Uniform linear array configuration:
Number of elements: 64
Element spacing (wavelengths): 1
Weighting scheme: uniform
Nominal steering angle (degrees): -30
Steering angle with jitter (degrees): -28.029
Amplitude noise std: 0.05
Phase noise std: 0.05

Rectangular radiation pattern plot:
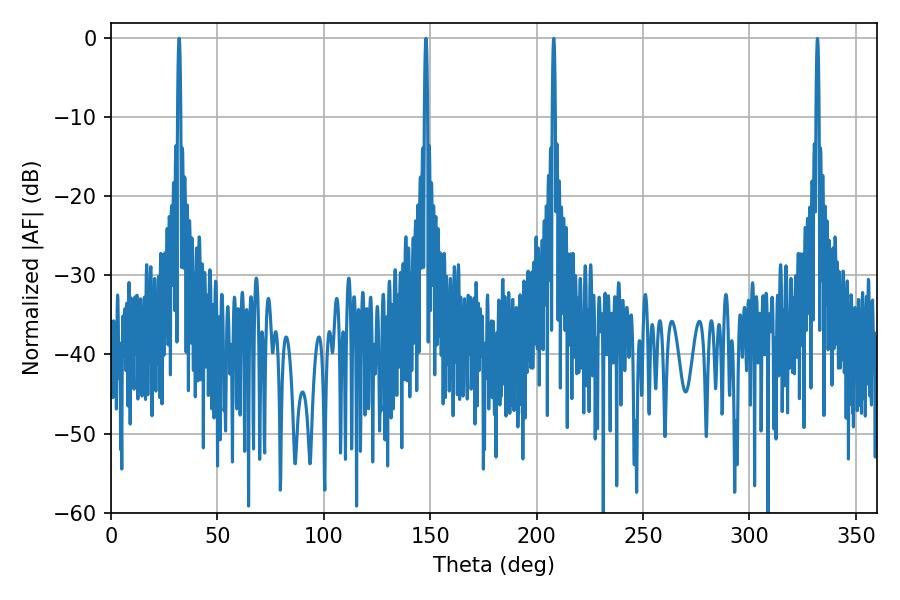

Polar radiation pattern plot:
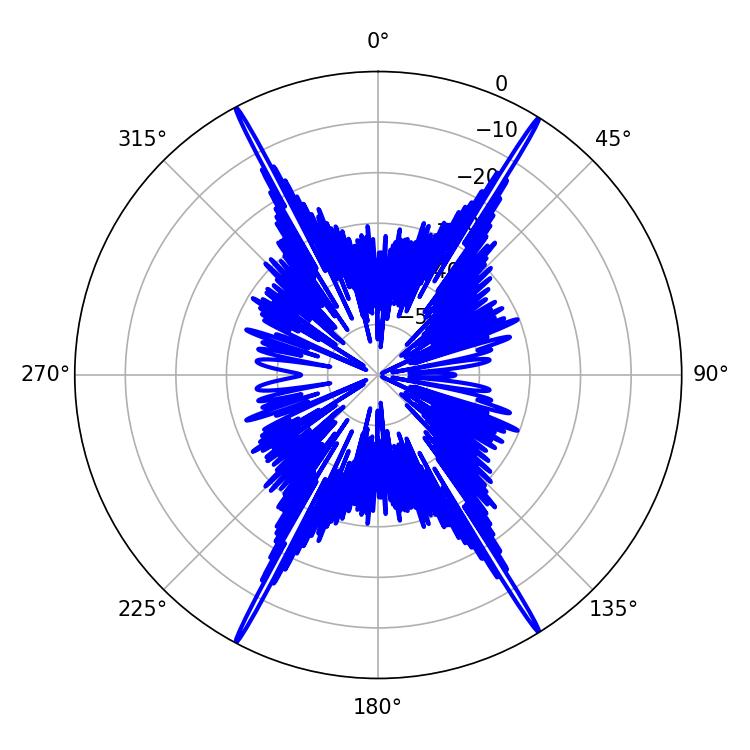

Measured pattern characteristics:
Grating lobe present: TRUE
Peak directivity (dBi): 28.434
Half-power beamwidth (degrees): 0.72
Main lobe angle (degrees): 32.04